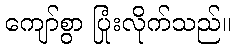
ကျော်စွာ ပြုံးလိုက်သည်။